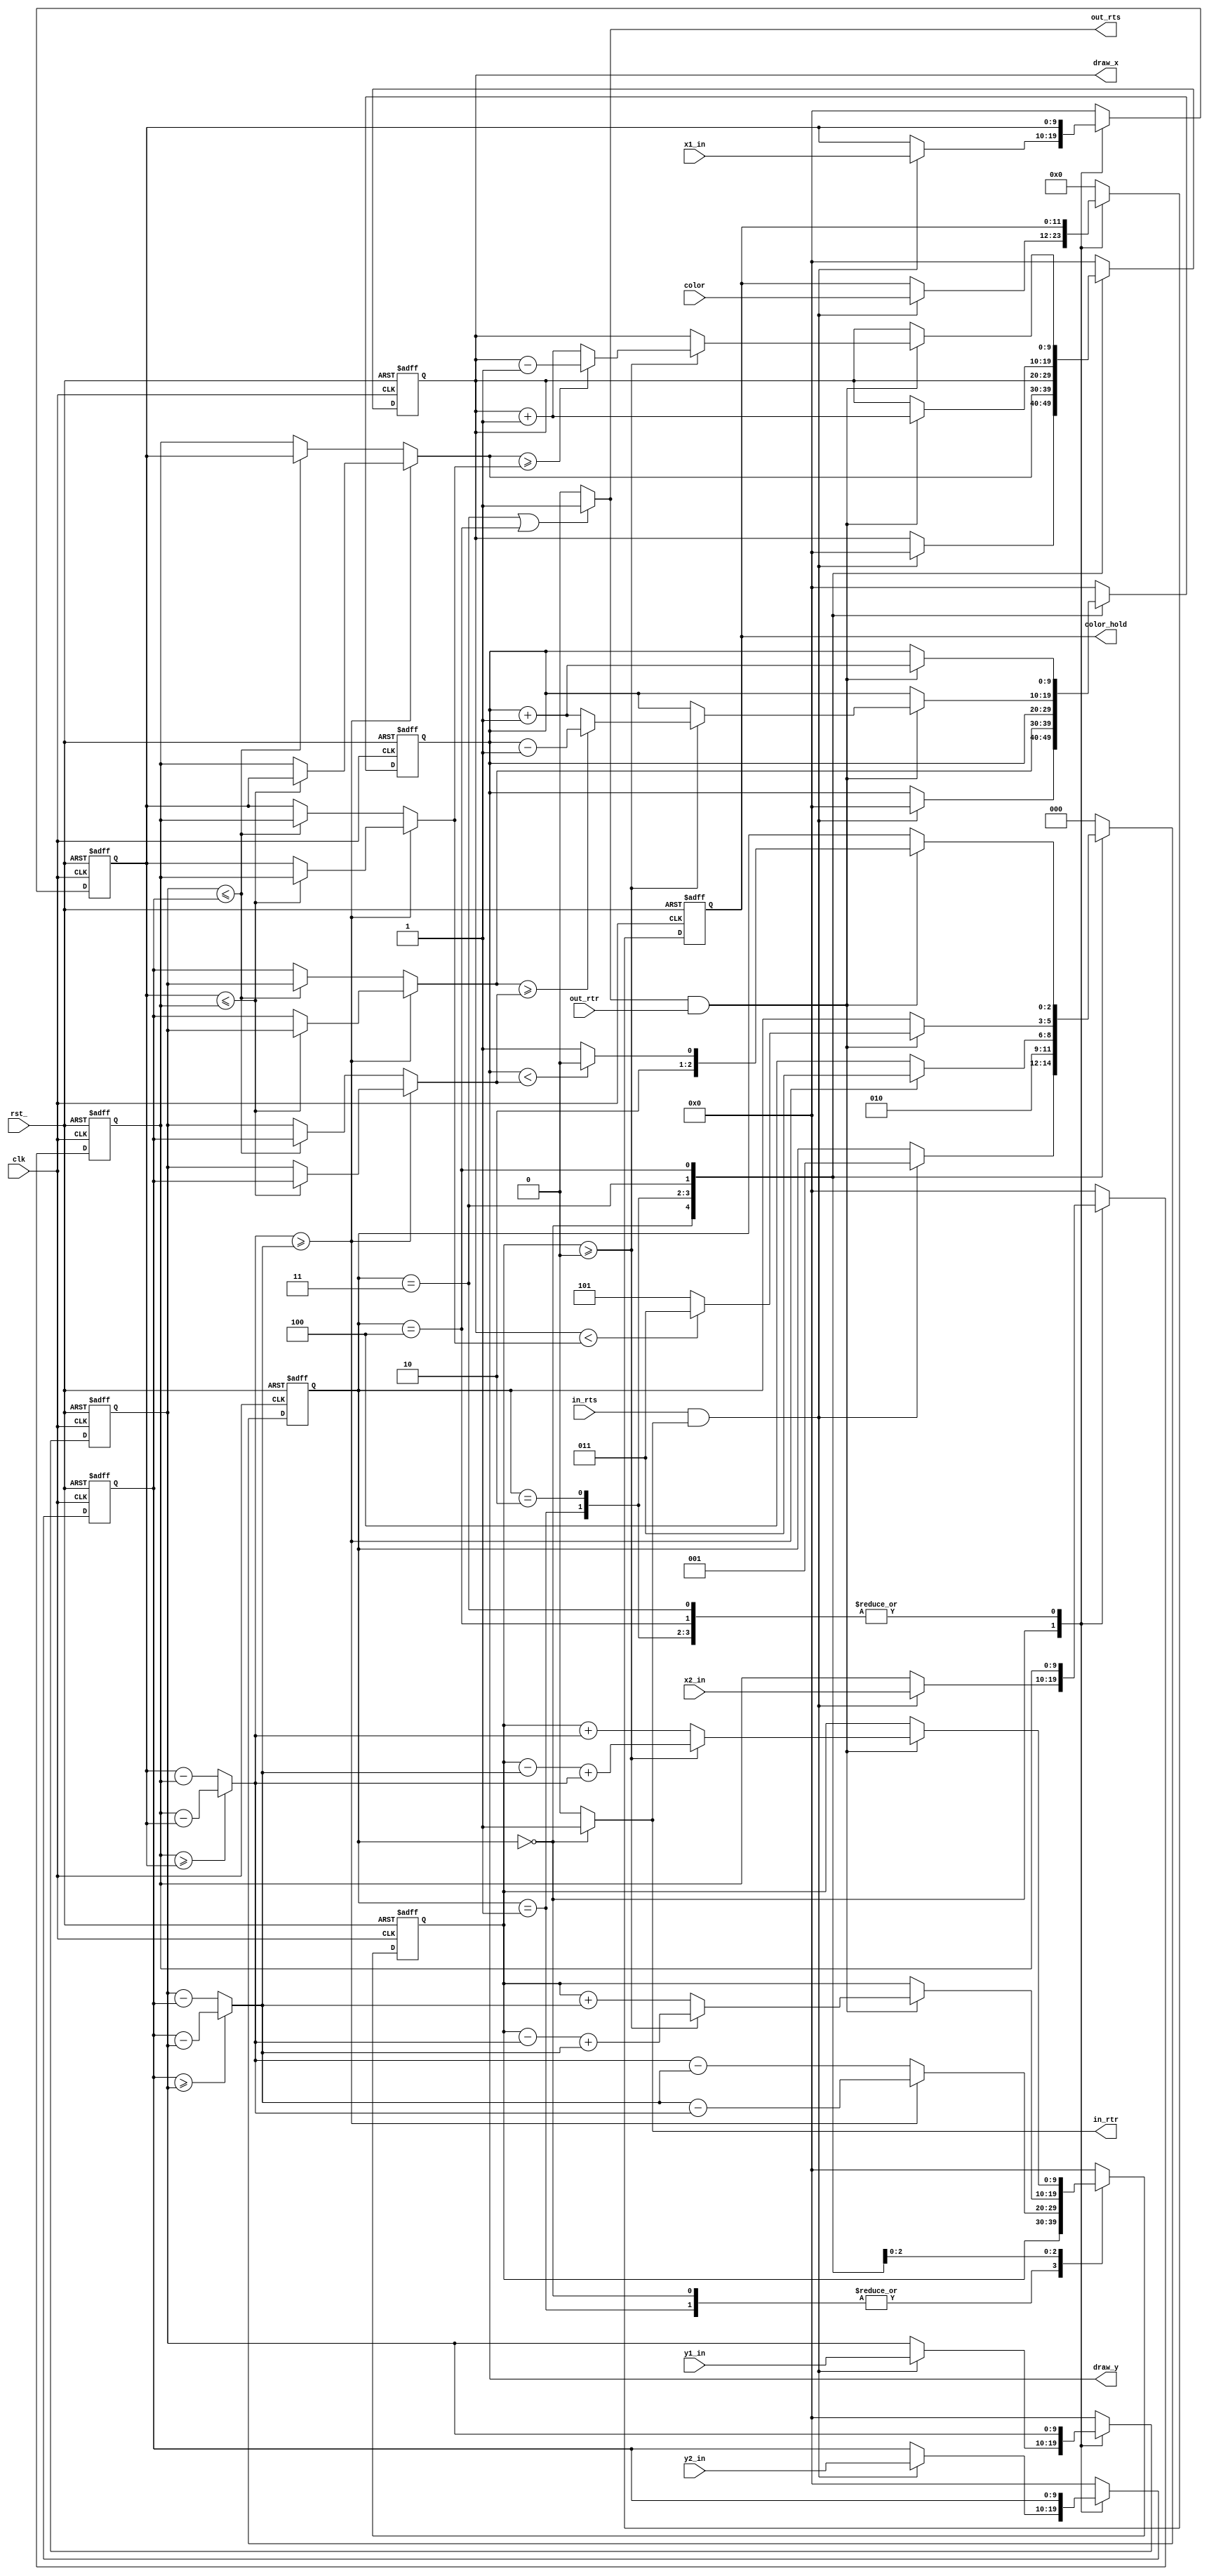
`timescale 1ns / 1ps

`define L_START_STATE       0
`define L_INIT_STATE        1
`define L_GET_ERROR_STATE   2
`define L_DRAW_STATE_1      3
`define L_DRAW_STATE_2      4
`define L_END_STATE         5

module line_drawer (

    // Clock and Sync Reset
    input clk,
    input rst_,

    // Point 1
    input [9:0] x1_in, y1_in,

    // Point 2
    input [9:0] x2_in, y2_in,

    input [11:0] color,

    // input interface
    input  in_rts,
    output in_rtr,

    // output interface
    output  out_rts,
    input   out_rtr,

    output reg [9:0] draw_x, draw_y,
    output reg [11:0] color_hold
);

    // Hold coordinates for duration of operation
    reg [9:0] x1_hold, y1_hold, x2_hold, y2_hold;

    // Determines driving axis of line
    wire [9:0] dx, dy;
    assign dx = (x2_hold >= x1_hold) ? (x2_hold - x1_hold) : (x1_hold - x2_hold);
    assign dy = (y2_hold >= y1_hold) ? (y2_hold - y1_hold) : (y1_hold - y2_hold);

    // Order points properly
    wire [9:0] x1, x2, y1, y2;

    assign x1 = (dx >= dy) ?
        ((x1_hold <= x2_hold)  ? (x1_hold) : (x2_hold)) :
        ((y1_hold <= y2_hold)  ? (x1_hold) : (x2_hold)) ;

    assign y1 = (dx >= dy) ?
        ((x1_hold <= x2_hold)  ? (y1_hold) : (y2_hold)) :
        ((y1_hold <= y2_hold)  ? (y1_hold) : (y2_hold)) ;

    assign x2 = (dx >= dy) ?
        ((x1_hold <= x2_hold)  ? (x2_hold) : (x1_hold)) :
        ((y1_hold <= y2_hold)  ? (x2_hold) : (x1_hold)) ;

    assign y2 = (dx >= dy) ?
        ((x1_hold <= x2_hold)  ? (y2_hold) : (y1_hold)) :
        ((y1_hold <= y2_hold)  ? (y2_hold) : (y1_hold)) ;

    // Line drawing state machine
    reg [2:0] state;
    reg signed [9:0] error;

    // Transfer complete signals
    wire in_xfc, out_xfc;
    assign in_xfc  = in_rts  & in_rtr;
    assign out_xfc = out_rts & out_rtr;

    // Ready to recieve when in start state
    assign in_rtr  = (state == `L_START_STATE) ? 1 : 0;

    // Ready to send when in either draw state
    assign out_rts = (state == `L_DRAW_STATE_1 || state == `L_DRAW_STATE_2) ? 1 : 0;

    always @ (posedge clk or negedge rst_)
    begin
        if (!rst_)
            state <= `L_START_STATE;

        else
        begin
            case (state)
                `L_START_STATE:
                begin
                    if (in_xfc)
                        state <= `L_INIT_STATE;
                end

                `L_INIT_STATE:
                    state <= `L_GET_ERROR_STATE;

                `L_GET_ERROR_STATE:
                    state <= (dx >= dy) ? `L_DRAW_STATE_1 : `L_DRAW_STATE_2;

                // Draw state 1 (x is driving axis)
                `L_DRAW_STATE_1:
                begin
                    if (out_xfc)
                        state <= (draw_x < x2) ? `L_DRAW_STATE_1 : `L_END_STATE;
                end

                // Draw state 2 (y is driving axis)
                `L_DRAW_STATE_2:
                begin
                    if (out_xfc)
                        state <= (draw_y < y2) ? `L_DRAW_STATE_2 : `L_END_STATE;
                end

                `L_END_STATE:
                    state <= `L_START_STATE;

                default:
                    state <= 0;
            endcase
         end
    end

    // Line drawer
    always @ (posedge clk or negedge rst_)
    begin
        if (!rst_)
        begin
            x1_hold <= 0;
            y1_hold <= 0;
            x2_hold <= 0;
            y2_hold <= 0;
            color_hold <= 0;
            draw_x <= 0;
            draw_y <= 0;
            error <= 0;
        end

        else
        begin
            case (state)
                `L_START_STATE:
                begin
                    if (in_xfc)
                    begin
                        x1_hold <= x1_in;
                        y1_hold <= y1_in;
                        x2_hold <= x2_in;
                        y2_hold <= y2_in;
                        color_hold <= color;
                        draw_x <= 0;
                        draw_y <= 0;
                    end
                end

                `L_INIT_STATE:
                begin
                    draw_y <= y1;
                    draw_x <= x1;
                end

                `L_GET_ERROR_STATE:
                    error <= (dx >= dy) ? (dy - dx) : (dx - dy);

                `L_DRAW_STATE_1:
                begin
                    if (out_xfc)
                    begin
                        // $display("!WRITE PX (%d,%d) --> %d", draw_x, draw_y, $signed(error));
                        if (error >= 0)
                            draw_y = (y1 >= y2) ? (draw_y - 1) : (draw_y + 1);

                        error  <= (error >= 0) ? (error - dx + dy) : (error + dy);
                        draw_x <= draw_x + 1;
                    end
                end

                `L_DRAW_STATE_2:
                begin
                    if (out_xfc)
                    begin
                        // $display("WRITE PX (%d,%d) --> %d", draw_x, draw_y, $signed(error));
                        if (error >= 0)
                            draw_x = (x1 >= x2) ? (draw_x - 1) : (draw_x + 1);

                        error  <= (error >= 0) ? (error - dy + dx) : (error + dx);
                        draw_y <= draw_y + 1;
                    end
                end

                default:
                begin
                    x1_hold <= 0;
                    y1_hold <= 0;
                    x2_hold <= 0;
                    y2_hold <= 0;
                    color_hold <= 0;
                    draw_x <= 0;
                    draw_y <= 0;
                    error <= 0;
                end
            endcase
        end

    end

endmodule